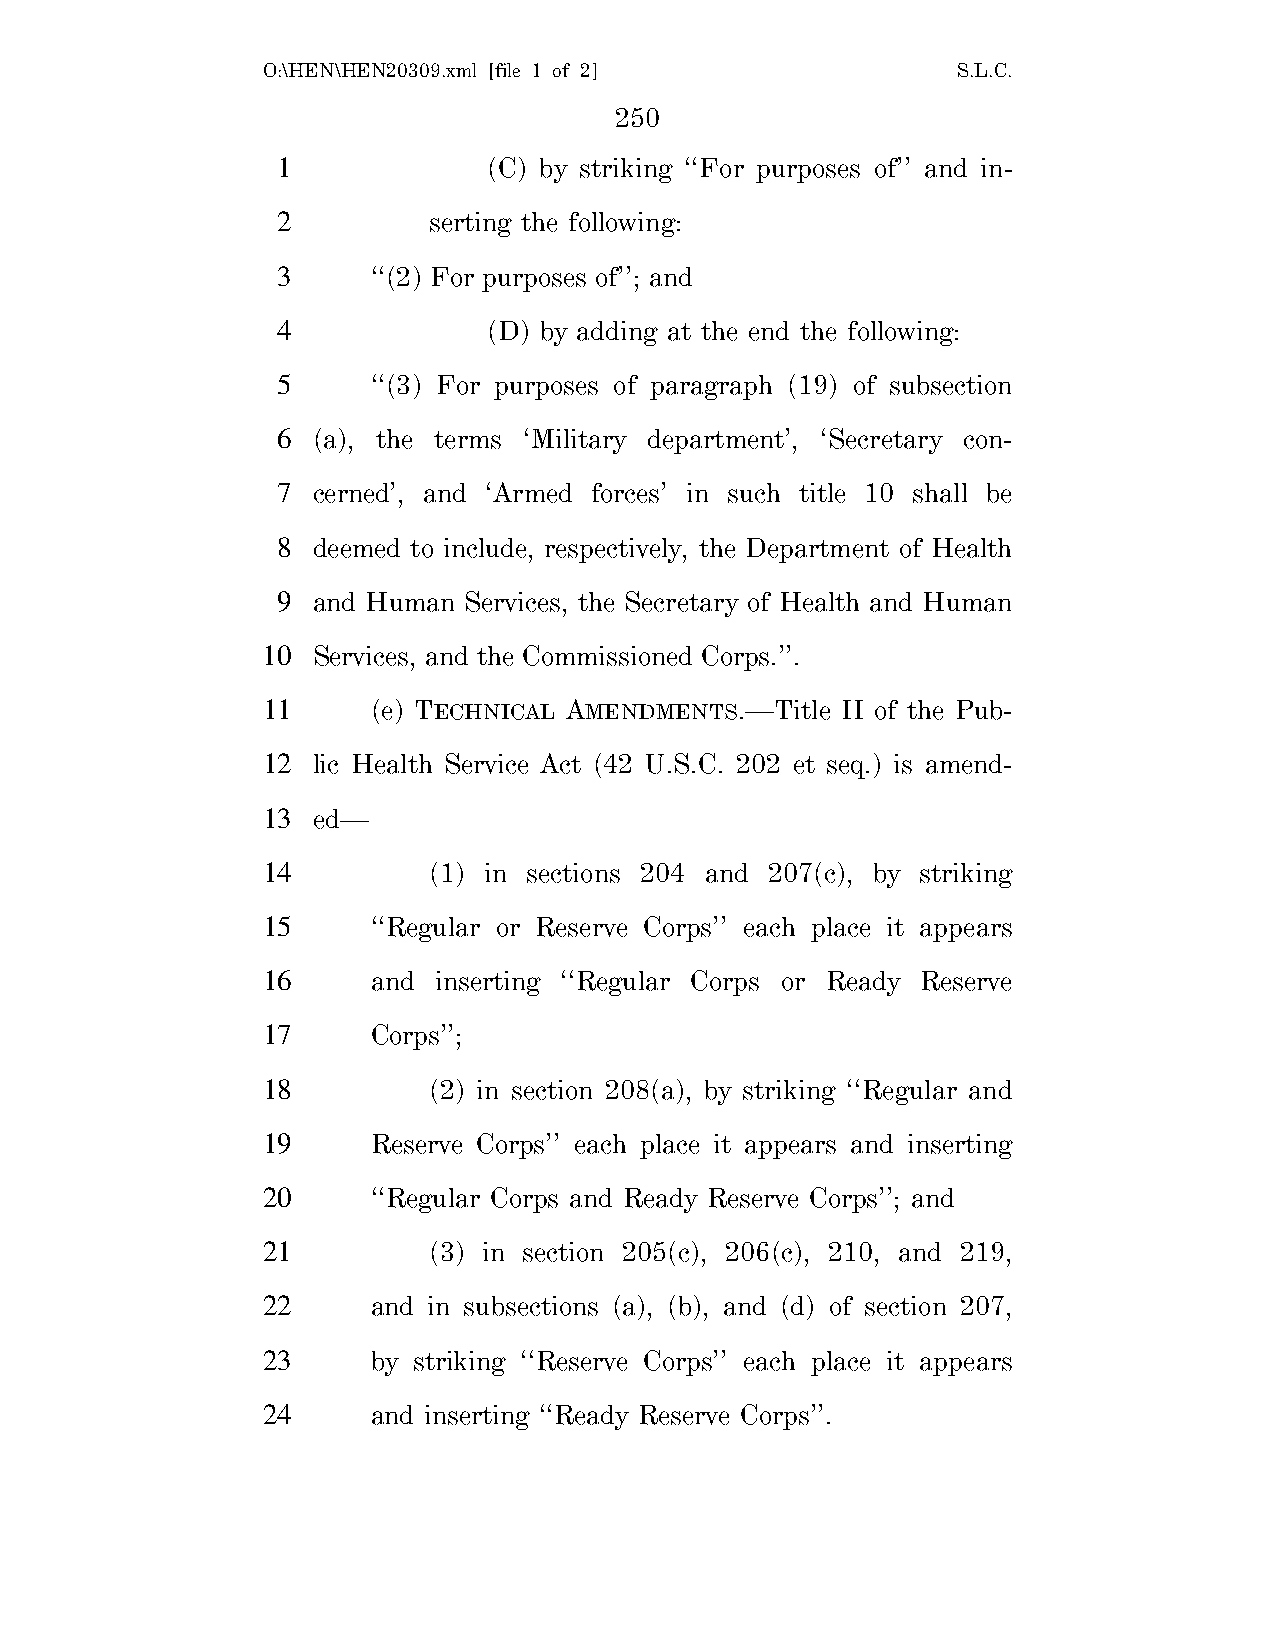
O:\HEN\HEN20309.xml [file 1 of 2]             S.L.C.
 250
 1             (C) by striking ‘‘For purposes of’’ and in-
 2         serting the following:
 3      ‘‘(2) For purposes of’’; and
 4             (D) by adding at the end the following:
 5      ‘‘(3) For purposes of paragraph (19) of subsection
 6  (a), the terms ‘Military department’, ‘Secretary con-
 7  cerned’, and ‘Armed forces’ in such title 10 shall be
 8  deemed to include, respectively, the Department of Health
 9  and Human Services, the Secretary of Health and Human
 10  Services, and the Commissioned Corps.’’.
 11      (e) TECHNICAL AMENDMENTS.—Title II of the Pub-
 12  lic Health Service Act (42 U.S.C. 202 et seq.) is amend-
 13  ed—
 14         (1) in sections 204 and 207(c), by striking
 15      ‘‘Regular or Reserve Corps’’ each place it appears
 16      and inserting ‘‘Regular Corps or Ready Reserve
 17      Corps’’;
 18         (2) in section 208(a), by striking ‘‘Regular and
 19      Reserve Corps’’ each place it appears and inserting
 20      ‘‘Regular Corps and Ready Reserve Corps’’; and
 21         (3) in section 205(c), 206(c), 210, and 219,
 22      and in subsections (a), (b), and (d) of section 207,
 23      by striking ‘‘Reserve Corps’’ each place it appears
 24      and inserting ‘‘Ready Reserve Corps’’.